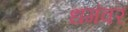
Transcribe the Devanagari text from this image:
धगंवर